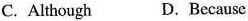
C. Although D.Because